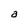
Character: a